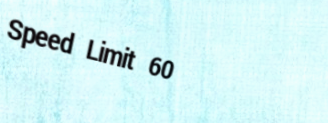
Speed Limit 60